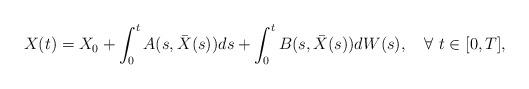
LaTeX: \begin{align*}X(t)=X_0 + \int_0^t A(s,\bar{X}(s)) ds + \int_0^t B(s,\bar{X}(s)) dW(s) , \quad\forall\ t\in [0,T],\end{align*}